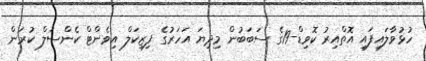
ހުޅުވާލައިފައި އޮތްއިރު ކޮވިޑް-19ގެ ސަބަބުން މިދިޔަ އަހަރުގެ ފިޒިކަލް އިވެންޓް ކެންސަލް ކުރަން